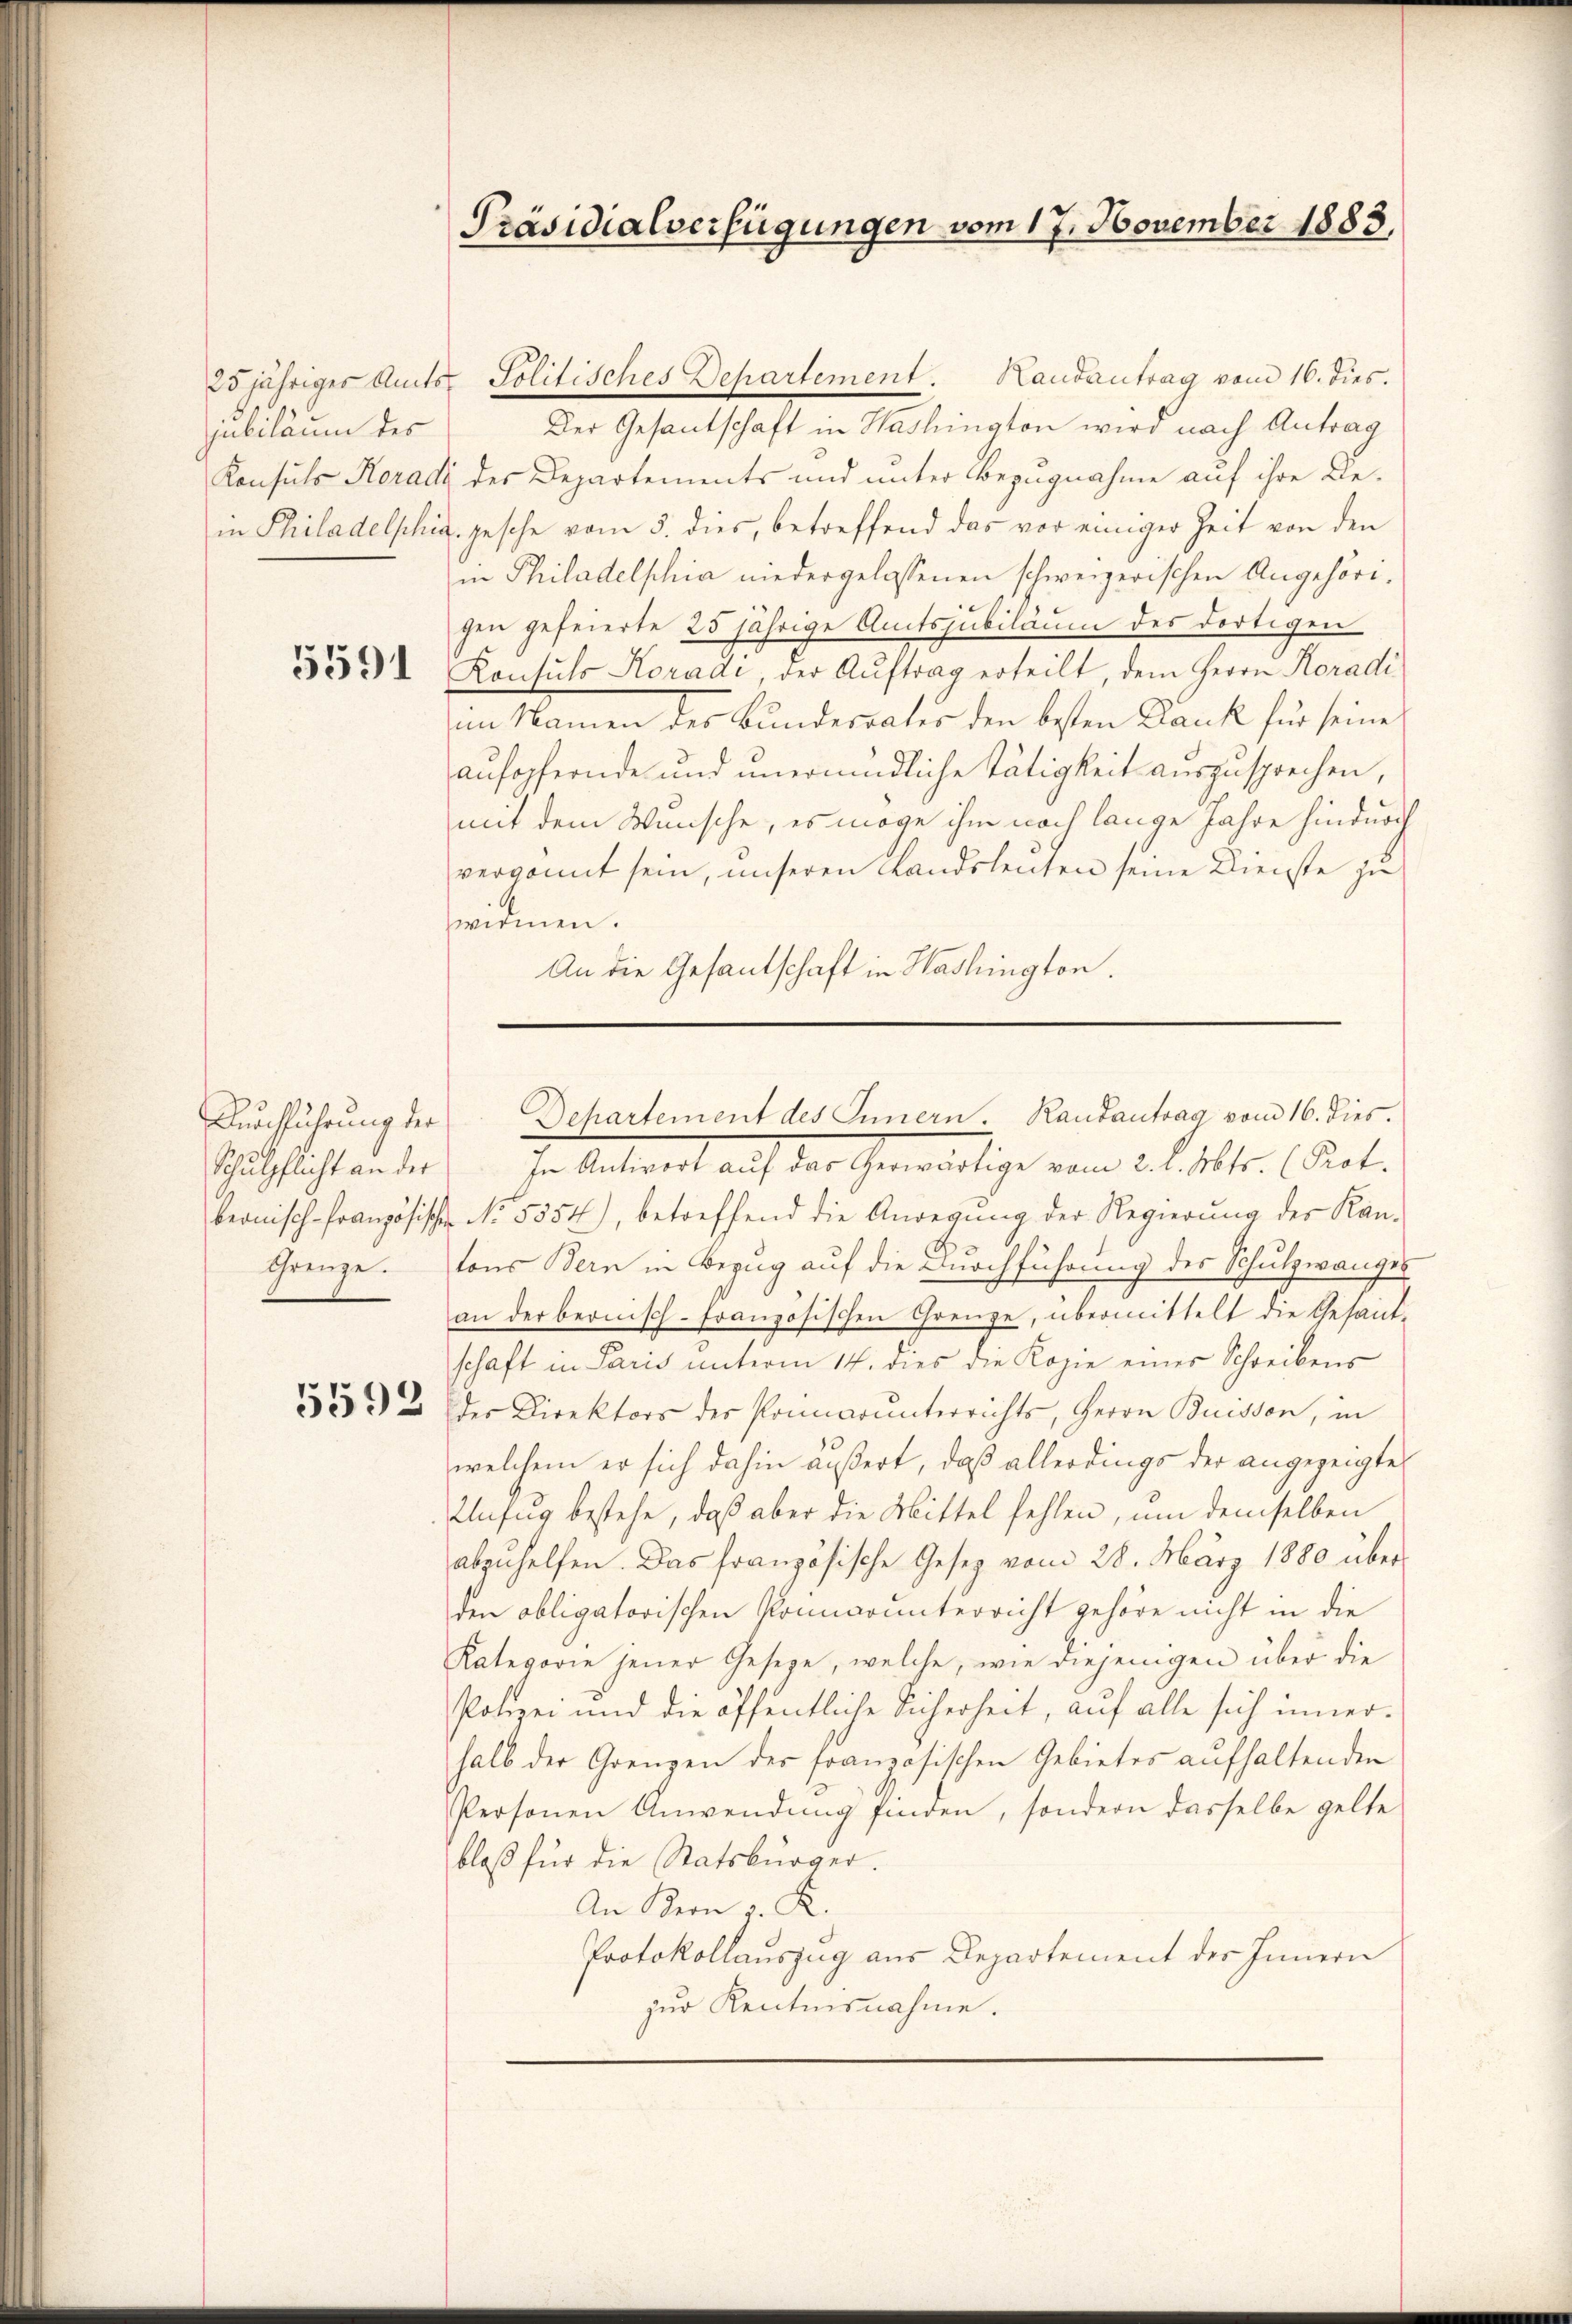
Jubiläum des

25jähriges Amts Politisches Departement. Handantrag vom 16. dies.
Der Gesantschaft in Haslington wird nach Antrag
Konsuls Horade des Departements und unter Bezugnahme auf ihre Bein Philadelphia, gesche vom 5. dies, betreffend das vor einiger Zeit von den
in Philadelphia niedergelassenen schweizerischen Angehöri-
gen gefeierte 25 jährige Amtsjubiläum des dortigen
3333 Konsuls Horadi, der Aŭftrag erteilt, dem Herrn Koradi
im Namen des Bundesrates den besten Dank für seine
aufopfernde und unermündliche Tätigkeit auszusprechen,
mit dem Wunsche, es möge ihm noch lange Jahre hindurch
vergönnt sein, unseren Landsleuten seine Dienste zu
widmen.
An die Gesantschaft in Washington.

Durchführung der
Schulpflicht an der
Grenze.

Präsidialverfügungen vom 17. November 1883,

Departement des Innern. Rautantrag vom 16. dies.

In Antract auf der Gewärtige vom 22. Mltr. Art.
beonisch-Französische No 5854), betreffend die Anregŭng der Regierung der Kan-
tons Bern in Bezug auf die Durchführung des Schulzwanges
an der bernisch-Französischen Grenze, übermittelt die Gesand-
schaft in Paris unterm 14. dies die Kopie einer Schreibens
3332 der Direktors der Primar ŭnterrichts, Herrn Buissen, in
welchem er sich dahin äußert, daß allerdings der angezeigte
Unfug bestehe, daß aber die Mittel fehlen, um demselben
abzuhelfen. Das französische Gesetz vom 28. März 1880 überden obligatorischen Kommarunterricht gehöre nicht in die
Kategorie jener Geseze, welche, wie diejenigen über die
Polizei und die öffentliche Sicherheit, auf alle sich innerhalb der Grenzen der französischen Gebietes aufhaltenden
Personen Anwendung finden, sondern dasselbe gelte
bloß für die Statsbürger.
An Bern v. R.
Protokollauszug aus Departement des Innern
zur Kentnisnahme.